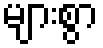
များစွာ